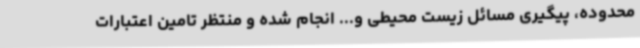
محدوده، پیگیری مسائل زیست محیطی و... انجام شده و منتظر تامین اعتبارات